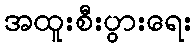
အထူးစီးပွားရေး